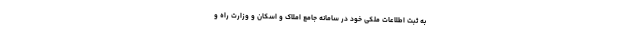
به ثبت اطلاعات ملکی خود در سامانه جامع املاک و اسکان و وزارت راه و